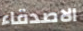
الاصدقاء